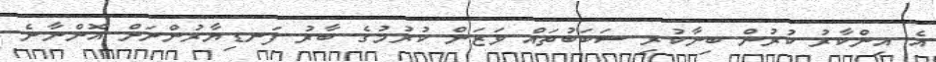
އެ އިންކާރު ކުރުން ބިނާކުރި ސަބަބުތައް ވަޒަން ކުރުމުގެ ބާރު ފަނޑިޔާރުންނަށް އޮންނާނެ